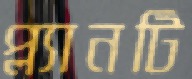
প্ল্যানটি